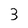
Character: 3